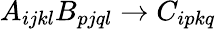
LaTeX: A_{ijkl}B_{pjql}\to C_{ipkq}